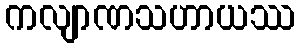
ကလျာဏသဟာယဿ